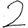
Digit: 2